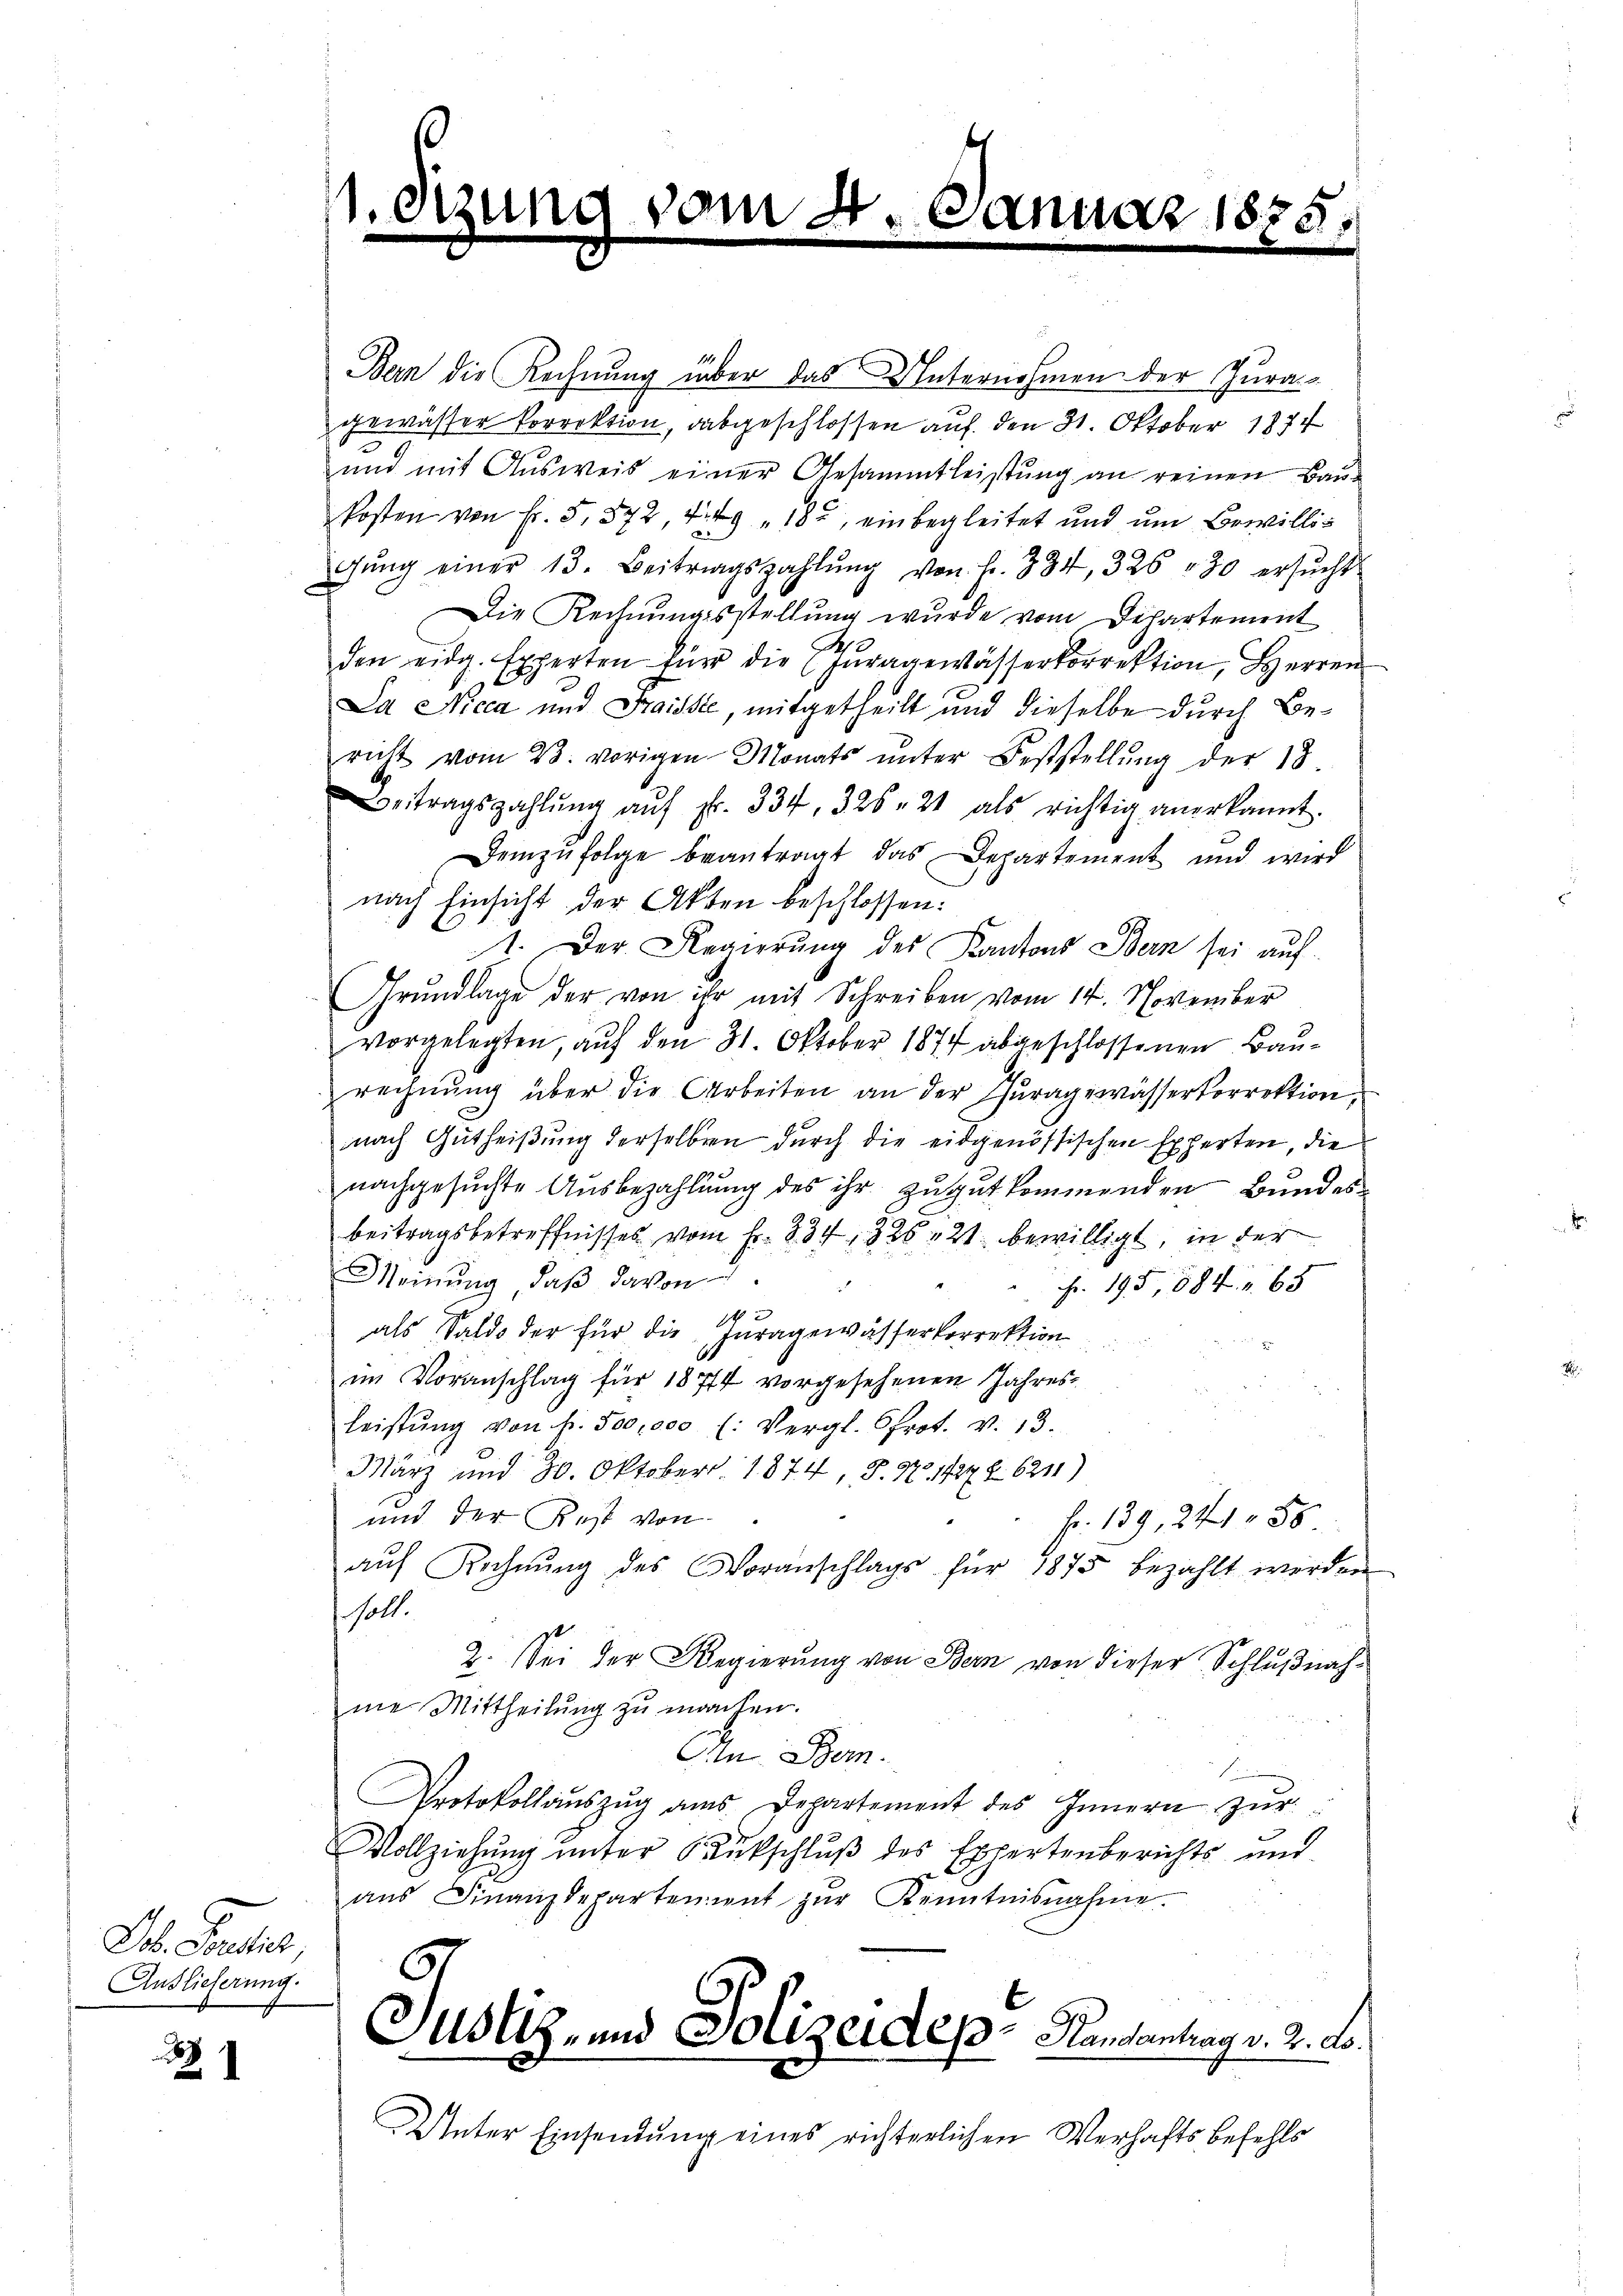
Db. Peter,
Auslieferung.

.
2

.

am 4. Januar 1875.

Bern die Rechnung über das Unternehmen der Juragewässer Vorrektion, abgeschlossen auf den 31. Oktober 1874
und mit Ausweis einer Gesammtleistung an reinen Baukosten von f. 5, 572, 4 kg " 18, einbegleitet und um Bewillig
gŭng einer 13. Beitragszahlŭng von Fr. 334, 326 f 30 ersŭcht
Die Rechnungsstellung wurde vom Departement
den eidg. Experten für die Juragewässerkorrektion, Herren
Da Nicca und Fraissée, mitgetheilt und dieselbe durch Bericht vom 23. vorigen Monats ŭnter Feststellŭng der 18
etragszahlŭng aŭf Fr. 334, 326. 21 als richtig anerkannt.
Demzufolge beantragt das Departement und wird
nach Einsicht der Akten beschlossen:
1. Der Regierung des Kantons Bern sei auf
Grundlage der von ihr mit Schreiben vom 14. November
vorgelegten, auf den 31. Oktober 1874 abgeschlossenen Baurechnung über die Arbeiten an der Thuragewässerkorrektion,
nach Gutheißung derselben durch die eidgenössischen Experten, die
nachgesuchte Ausbezahlung des ihr zu gut kommenden Bundesbeitragsbetreffnisses vom Fr. 834, 326, 21 bewilligt, in der
Meinŭng, daβ davon
Fr. 195, 1884 u. 65
als Saldo der für die Juragewässerkorrektion
im Voranschlag für 1874 vorgesehenen Jahresleistŭng von Fr. 500,000 (: Vergl. Crot. v. 13.
März und 30. Oktober 1874 P. Nr. 1727 § 6211)
und der Rest von
Fr. 139, 248
auf Rechnung des Voranschlags für 1875 bezahlt werden
holt.
2. Sei der Regierŭng von Bern von dieser Schlŭβnah-
me Mittheilŭng zŭ machen.
Ein Bem
E
Protokollaŭszŭg ans Departement des Innern zŭr
Vollziehŭng ŭnter Rückschlŭβ des Expertenberichts und
ans Finanzdepartement zŭr Kenntnisnahme.
Justiz- und Polizeidep-Handantrag v. 2. Lo
Unter Einsendung eines richterlichen Verhaftsbefehls